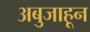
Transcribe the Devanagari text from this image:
अबुजाहून